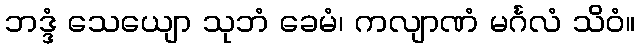
ဘဒ္ဒံ သေယျော သုဘံ ခေမံ၊ ကလျာဏံ မင်္ဂလံ သိဝံ။